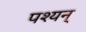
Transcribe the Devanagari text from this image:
पश्यन्